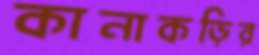
কানাকড়ির